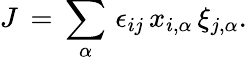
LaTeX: J\, =\, \sum_{\alpha}\, \epsilon_{ij}\, x_{i,\alpha}\, \xi_{j,\alpha}.